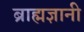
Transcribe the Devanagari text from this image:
ब्राह्मज्ञानी